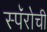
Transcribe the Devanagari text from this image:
स्पॅरोची